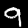
Digit: 9